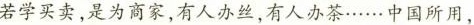
若学买卖，是为商家，有人办丝，有人办茶……中国所用，